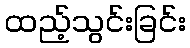
ထည့်သွင်းခြင်း